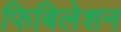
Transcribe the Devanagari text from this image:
फिबिलेशन